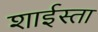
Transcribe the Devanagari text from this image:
शाईस्ता